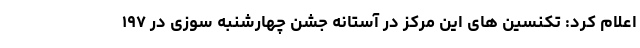
اعلام کرد: تکنسین های این مرکز در آستانه جشن چهارشنبه سوزی در ۱۹۷